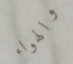
والهواء